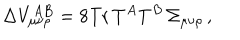
\Delta V _ { \mu \nu \rho } ^ { A B } = 8 \mathrm { T r } \, T ^ { A } T ^ { B } \, \Sigma _ { \mu \nu \rho } \, ,